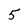
Character: 5